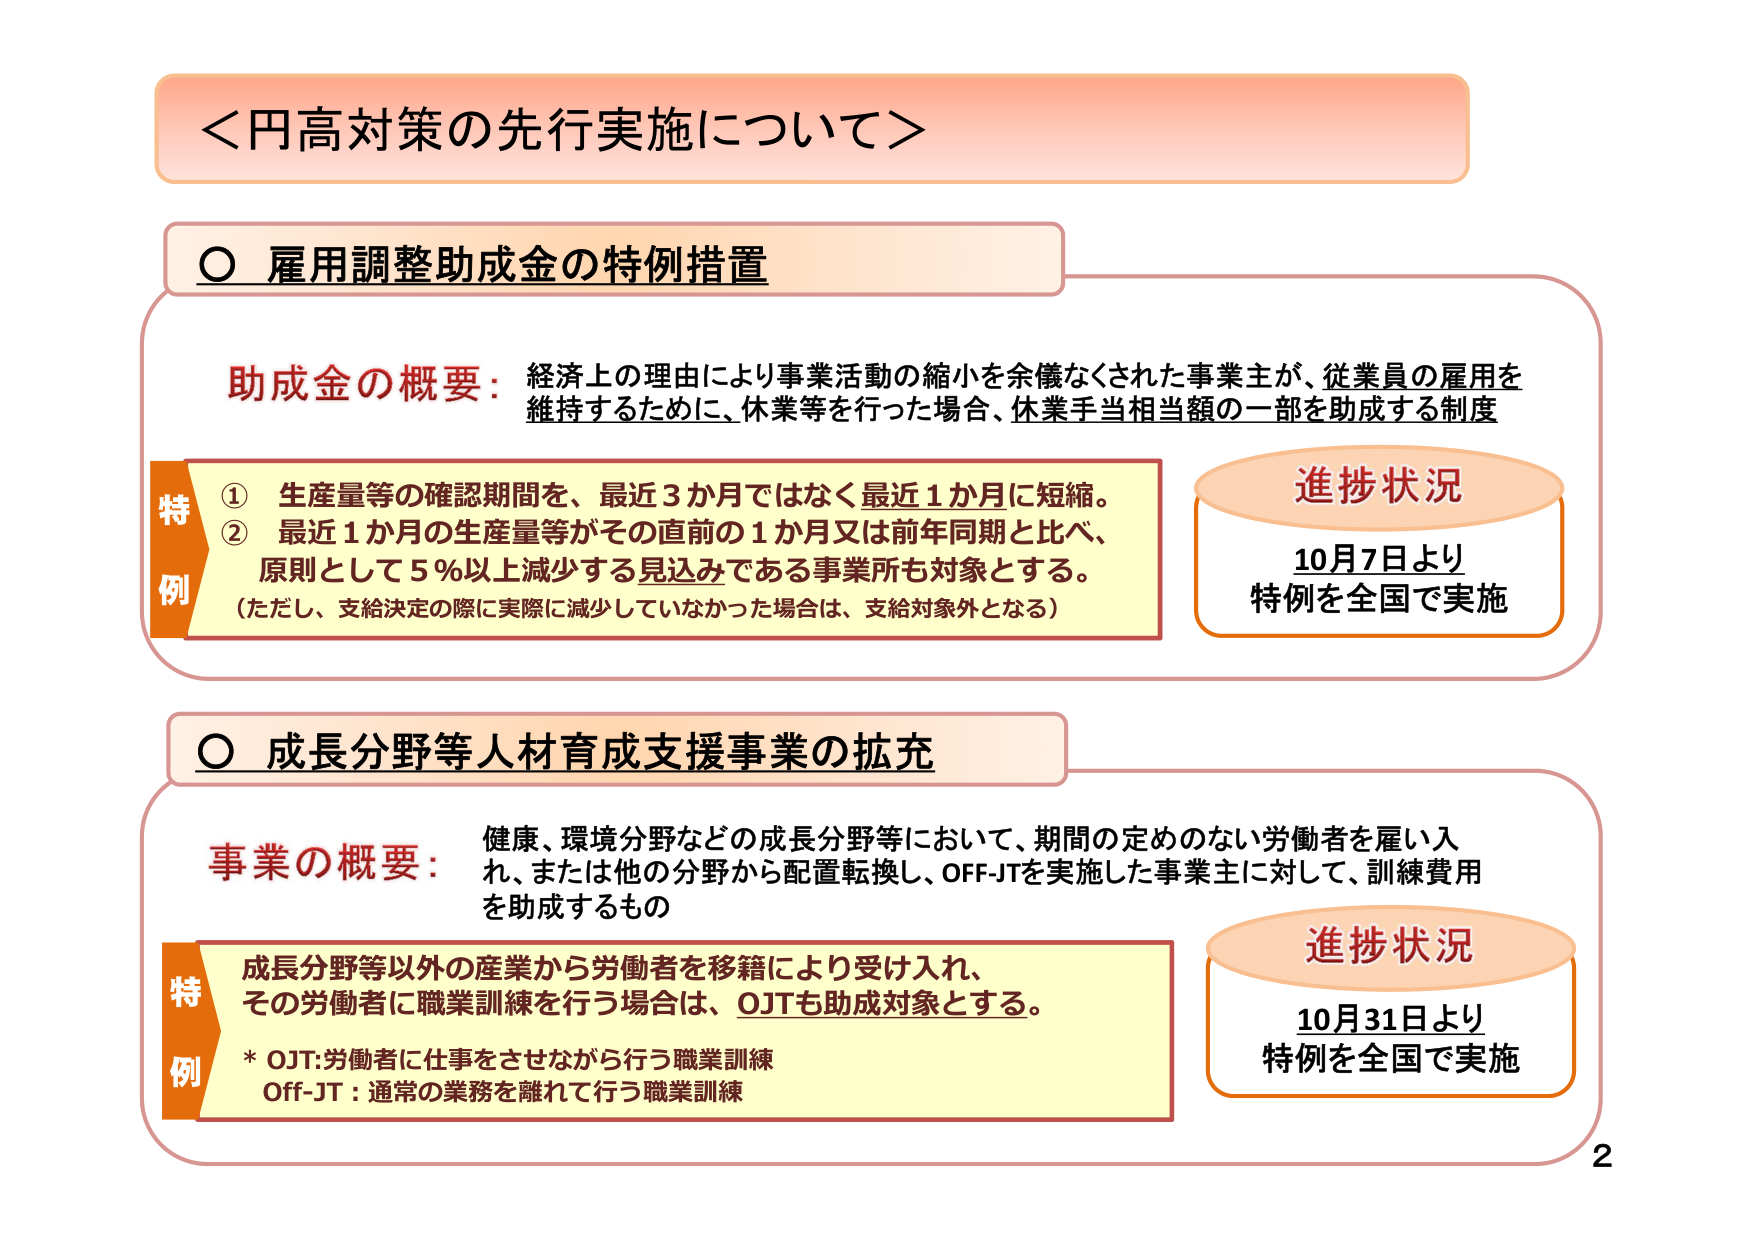
＜円高対策の先行実施について＞

○ 雇用調整助成金の特例措置

助成金の概要：経済上の理由により事業活動の縮小を余儀なくされた事業主が、従業員の雇用を維持するために、休業等を行った場合、休業手当相当額の一部を助成する制度

特例
① 生産量等の確認期間を、最近3か月ではなく最近1か月に短縮。
② 最近1か月の生産量等がその直前の1か月又は前年同期と比べ、原則として5％以上減少する見込みである事業所も対象とする。
（ただし、支給決定の際に実際に減少していなかった場合は、支給対象外となる）

進捗状況
10月7日より
特例を全国で実施

○ 成長分野等人材育成支援事業の拡充

事業の概要：健康、環境分野などの成長分野等において、期間の定めのない労働者を雇い入れ、または他の分野から配置転換し、OFF-JTを実施した事業主に対して、訓練費用を助成するもの

特例
成長分野等以外の産業から労働者を移籍により受け入れ、その労働者に職業訓練を行う場合は、OJTも助成対象とする。
* OJT:労働者に仕事をさせながら行う職業訓練
Off-JT：通常の業務を離れて行う職業訓練

進捗状況
10月31日より
特例を全国で実施

2